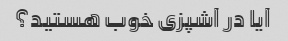
آیا در آشپزی خوب هستید؟